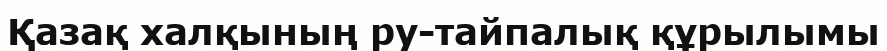
Қазақ халқының ру-тайпалық құрылымы